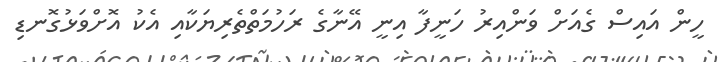
ހީން އައިސް ގެއަށް ވަންއިރު ހަނީފާ އިނީ އޭނާގެ ރަހުމަތްތެރިޔަކާއި އެކު އޮށްވަޅުގޮނޑި